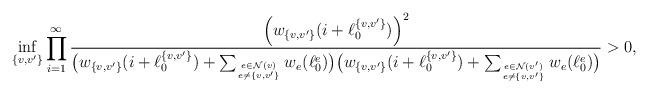
LaTeX: \begin{align*}\inf_{\{v,v'\}}\prod_{i=1}^\infty\frac{\left(w_{\{v,v'\}}(i+\ell_0^{\{v,v'\}})\right)^2}{\big(w_{\{v,v'\}}(i+\ell_0^{\{v,v'\}})+\sum_{e\in {\cal{N}}(v)\atop e\neq {\{v,v'\}}}w_e(\ell_0^e)\big)\big({w_{\{v,v'\}}(i+\ell_0^{\{v,v'\}})+\sum_{e\in {\cal{N}}(v')\atop e\neq {\{v,v'\}}}w_{e}(\ell_0^e)}\big)}>0,\end{align*}